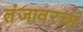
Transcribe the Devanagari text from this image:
तंजावरचा